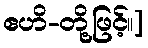
ဧဟိ-တို့ဖြင့်၊၊]